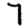
Digit: 7